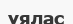
ұялас